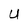
Character: U